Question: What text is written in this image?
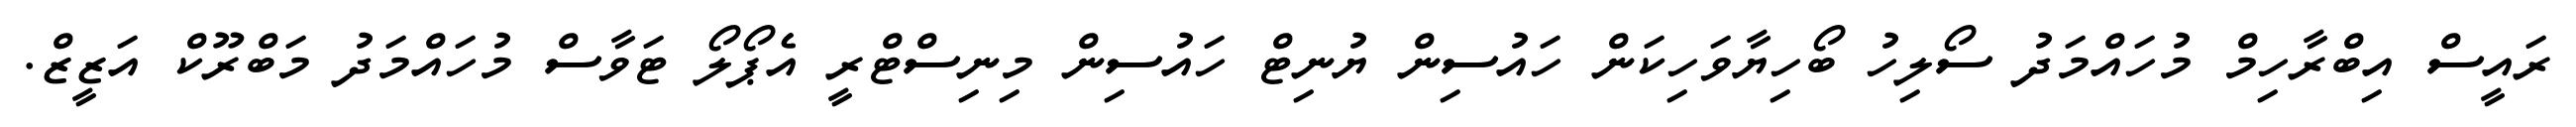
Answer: ރައީސް އިބްރާހިމް މުހައްމަދު ސޯލިހު ބޯހިޔާވަހިކަން ހައުސިން ޔުނިޓް ހައުސިން މިނިސްޓްރީ އެޕޯލޯ ޓަވާސް މުހައްމަދު މަބްރޫކް އަޒީޒް.